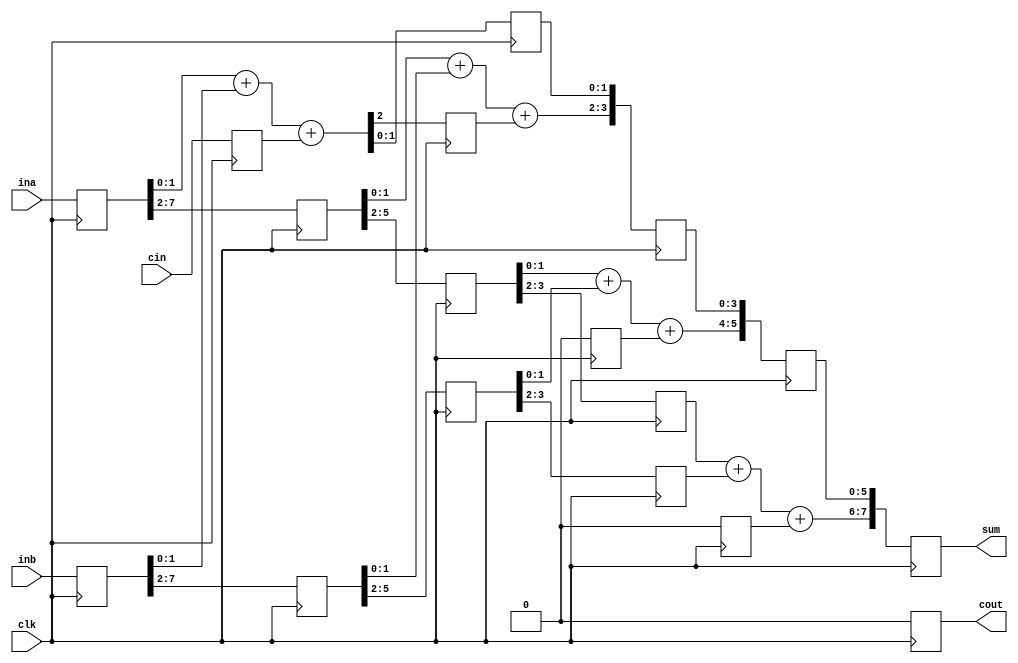
module pipeline(cout,sum,ina,inb,cin,clk);
output[7:0] sum;
output cout;
input[7:0] ina,inb;
input cin,clk;
reg[7:0] tempa,tempb,sum;
reg tempci,firstco,secondco,thirdco,cout;
reg[1:0] firsts,thirda,thirdb;
reg[3:0] seconda,secondb,seconds;
reg[5:0] firsta,firstb,thirds;

always @(posedge clk)
begin
tempa=ina;  tempb=inb;  tempci=cin;
end

always @(posedge clk)
begin
{firstco,firsts}=tempa[1:0]+tempb[1:0]+tempci;
firsta=tempa[7:2];
firstb=tempb[7:2];
end

always @(posedge clk)
begin
{secondco,seconds}={firsta[1:0]+firstb[1:0]+firstco,firsts}; 
seconda=firsta[5:2];
secondb=firstb[5:2];
end

always @(posedge clk)
begin
{thirdco,thirds}={seconda[1:0]+secondb[1:0]+secondco,seconds};
thirda=seconda[3:2];
thirdb=secondb[3:2];
end

always @(posedge clk)
begin
{cout,sum}={thirda[1:0]+thirdb[1:0]+thirdco,thirds};
end
endmodule